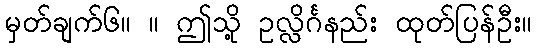
မှတ်ချက်၆။ ။ ဤသို့ ဥလ္လိင်္ဂနည်း ထုတ်ပြန်ဦး။